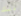
ذلك